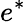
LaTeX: e^{*}